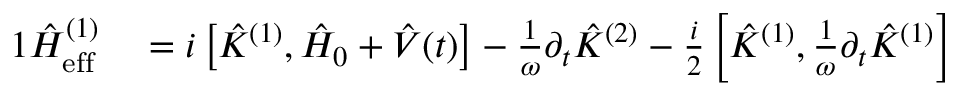
\begin{array} { r l } { { 1 } \hat { H } _ { \mathrm { e f f } } ^ { ( 1 ) } } & { { } = i \left[ \hat { K } ^ { ( 1 ) } , \hat { H } _ { 0 } + \hat { V } ( t ) \right] - \frac { 1 } { \omega } \partial _ { t } \hat { K } ^ { ( 2 ) } - \frac { i } { 2 } \left[ \hat { K } ^ { ( 1 ) } , \frac { 1 } { \omega } \partial _ { t } \hat { K } ^ { ( 1 ) } \right] } \end{array}